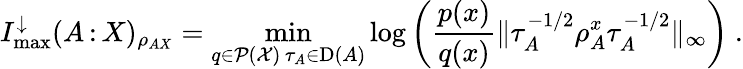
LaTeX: I_{\operatorname*{max}}^{\downarrow}(A{\, :\, }X)_{\rho_{AX}}=\operatorname*{min}_{\substack{q\in\mathcal{P}(\mathcal{X})\, \tau_{A}\in\mathrm{D}(A)}}\log\left(\frac{p(x)}{q(x)}\| \tau_{A}^{-1/2}\rho_{A}^{x}\tau_{A}^{-1/2}\| _{\infty}\right)\ .